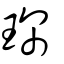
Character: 琛